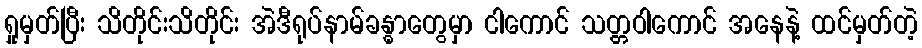
ရှုမှတ်ပြီး သိတိုင်းသိတိုင်း အဲဒီရုပ်နာမ်ခန္ဓာတွေမှာ ငါကောင် သတ္တဝါကောင် အနေနဲ့ ထင်မှတ်တဲ့